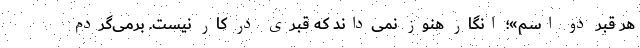
هر قبر دو اسم»؛ انگار هنوز نمی‌داند که قبری در کار نیست. برمی‌گردم